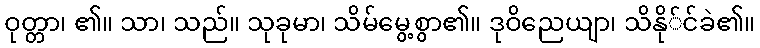
ဝုတ္တာ၊ ၏။ သာ၊ သည်။ သုခုမာ၊ သိမ်မွေ့စွာ၏။ ဒုဝိညေယျာ၊ သိနို်င်ခဲ၏။